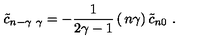
{ \tilde { c } } _ { n - \gamma \ \gamma } = - { \frac { 1 } { 2 \gamma - 1 } } \left( \begin{matrix} { n } \\ { \gamma } \\ \end{matrix} \right) { \tilde { c } } _ { n 0 } \ .